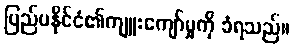
ပြည်ပနိုင်ငံ၏ကျူးကျော်မှုကို ခံရသည်။